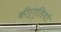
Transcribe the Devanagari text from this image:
कीर्त्तियों